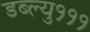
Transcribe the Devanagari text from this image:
डब्ल्यु१११